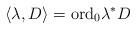
LaTeX: \begin{align*}\langle \lambda,D \rangle = \textup{ord}_{0}\lambda^{*}D\end{align*}